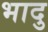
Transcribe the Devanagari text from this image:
भादु